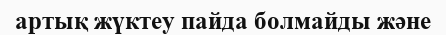
артық жүктеу пайда болмайды және